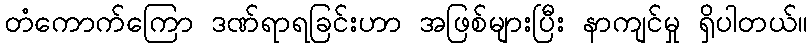
တံကောက်ကြော ဒဏ်ရာရခြင်းဟာ အဖြစ်များပြီး နာကျင်မှု ရှိပါတယ်။